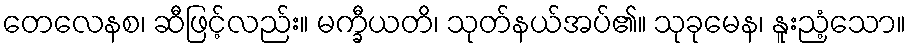
တေလေနစ၊ ဆီဖြင့်လည်း။ မက္ခီယတိ၊ သုတ်နယ်အပ်၏။ သုခုမေန၊ နူးညံ့သော။